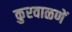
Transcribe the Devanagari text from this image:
कुरवाळणें